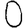
Digit: 0